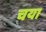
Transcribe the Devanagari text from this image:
चया